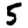
Digit: 5